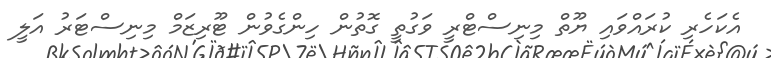
އެކަހެރި ކުރައްވައި ޔޫތް މިނިސްޓްރީ ވަގުތީ ގޮތުން ހިންގެވުން ޓޫރިޒަމް މިނިސްޓަރު އަލީ